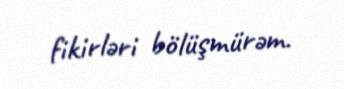
fikirləri bölüşmürəm.